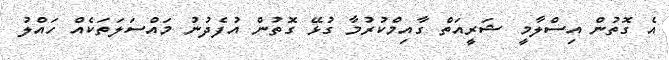
އެ ގޮތުން އިސްލާމީ ޝަރީއަތް ގާއިމްކުރުމާ ގުޅޭ ގޮތުން އުފެދުނު މައްސަލަތަކެއް ހައްލު